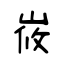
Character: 峳